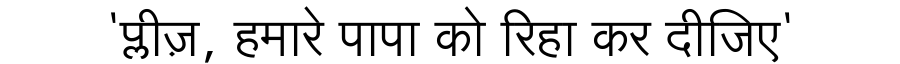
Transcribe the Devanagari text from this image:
'प्लीज़, हमारे पापा को रिहा कर दीजिए'